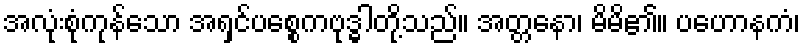
အလုံးစုံကုန်သော အရှင်ပစ္စေကဗုဒ္ဓါတို့သည်။ အတ္တနော၊ မိမိ၏။ ပဟောနကံ၊